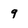
Character: 9